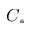
C _ { * }